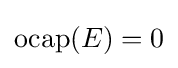
\operatorname {ocap} (E)=0